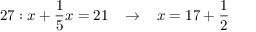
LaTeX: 2 7 : x + { \frac { 1 } { 5 } } x = 2 1 \; \; \; \rightarrow \; \; \; x = 1 7 + { \frac { 1 } { 2 } }